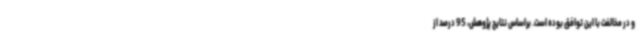
و در مخالفت با این توافق بوده است. براساس نتایج پژوهش، 95 درصد از